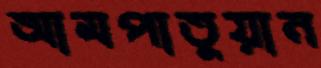
আমপাতুয়ান